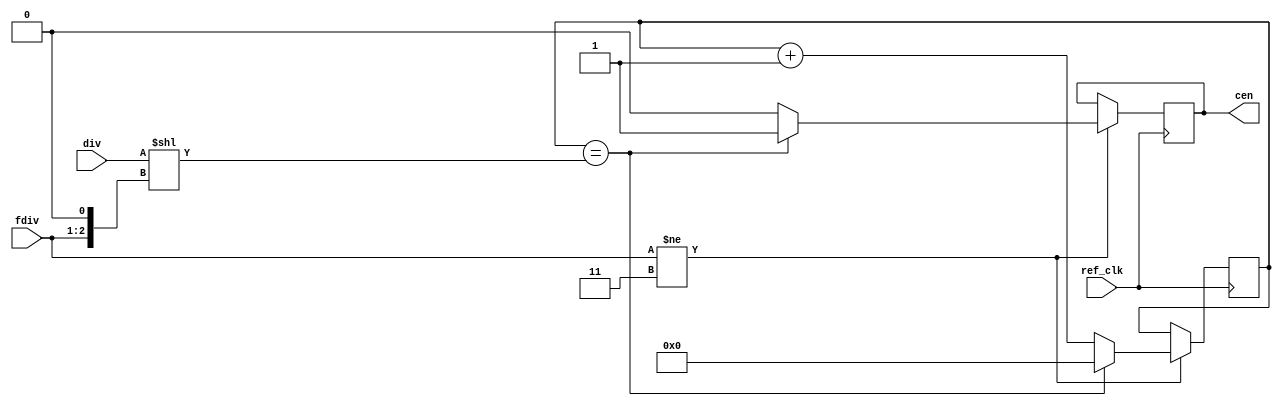

module clk_en #(
  parameter DIV=12,
  parameter OFFSET=0
)
(
  input ref_clk,
  output reg cen,
  input [15:0] div,
  input [1:0] fdiv
);

reg [15:0] cnt = OFFSET;
wire [15:0] cmax = div << { fdiv, 1'b0 };

always @(posedge ref_clk) begin
  if (fdiv != 2'b11) begin
    if (cnt == cmax) begin
      cnt <= 16'd0;
      cen <= 1'b1;
    end
    else begin
      cen <= 1'b0;
      cnt <= cnt + 16'd1;
    end
  end
end

endmodule